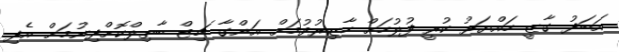
އަބަދު ގާޒީ ހައްޔަރު ކުރީ ފުލުހަށް ހާޒިރުވުމަށް އަންގާ ޗިޓް ބާތިލްކޮށްދިނުމަށް އެދި